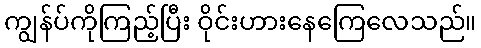
ကျွန်ပ်ကိုကြည့်ပြီး ဝိုင်းဟားနေကြေလေသည်။